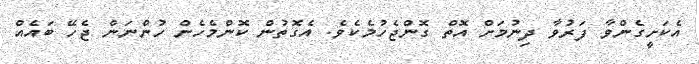
އެކަށީގެންވާ ފަރުވާ ދިނުމަށް އޮތް ގޮންޖެހުމެކެވެ. އެގޮތުން ކޮންމެހެން ހުންނަން ޖެހޭ ބައެއް